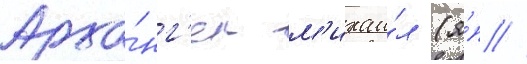
Арха́нг'ел м'ихаи́л (я́п //